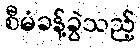
စီမံခန့်ခွဲသည့်